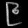
Digit: ၉